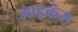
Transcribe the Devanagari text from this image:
आइकंस